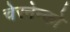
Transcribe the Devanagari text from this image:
चेरनेन्को